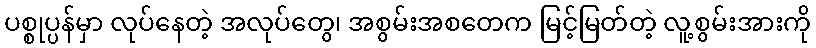
ပစ္စုပ္ပန်မှာ လုပ်နေတဲ့ အလုပ်တွေ၊ အစွမ်းအစတေက မြင့်မြတ်တဲ့ လူ့စွမ်းအားကို